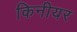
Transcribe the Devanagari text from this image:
किनीयर